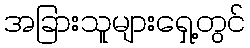
အခြားသူများရှေ့တွင်